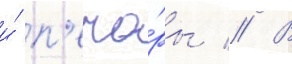
и́ п'ечо́ры // В